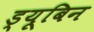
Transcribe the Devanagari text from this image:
ड्यूबिन